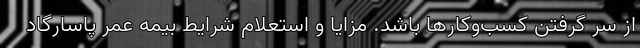
از سر گرفتن کسب‌وکارها باشد. مزایا و استعلام شرایط بیمه عمر پاسارگاد